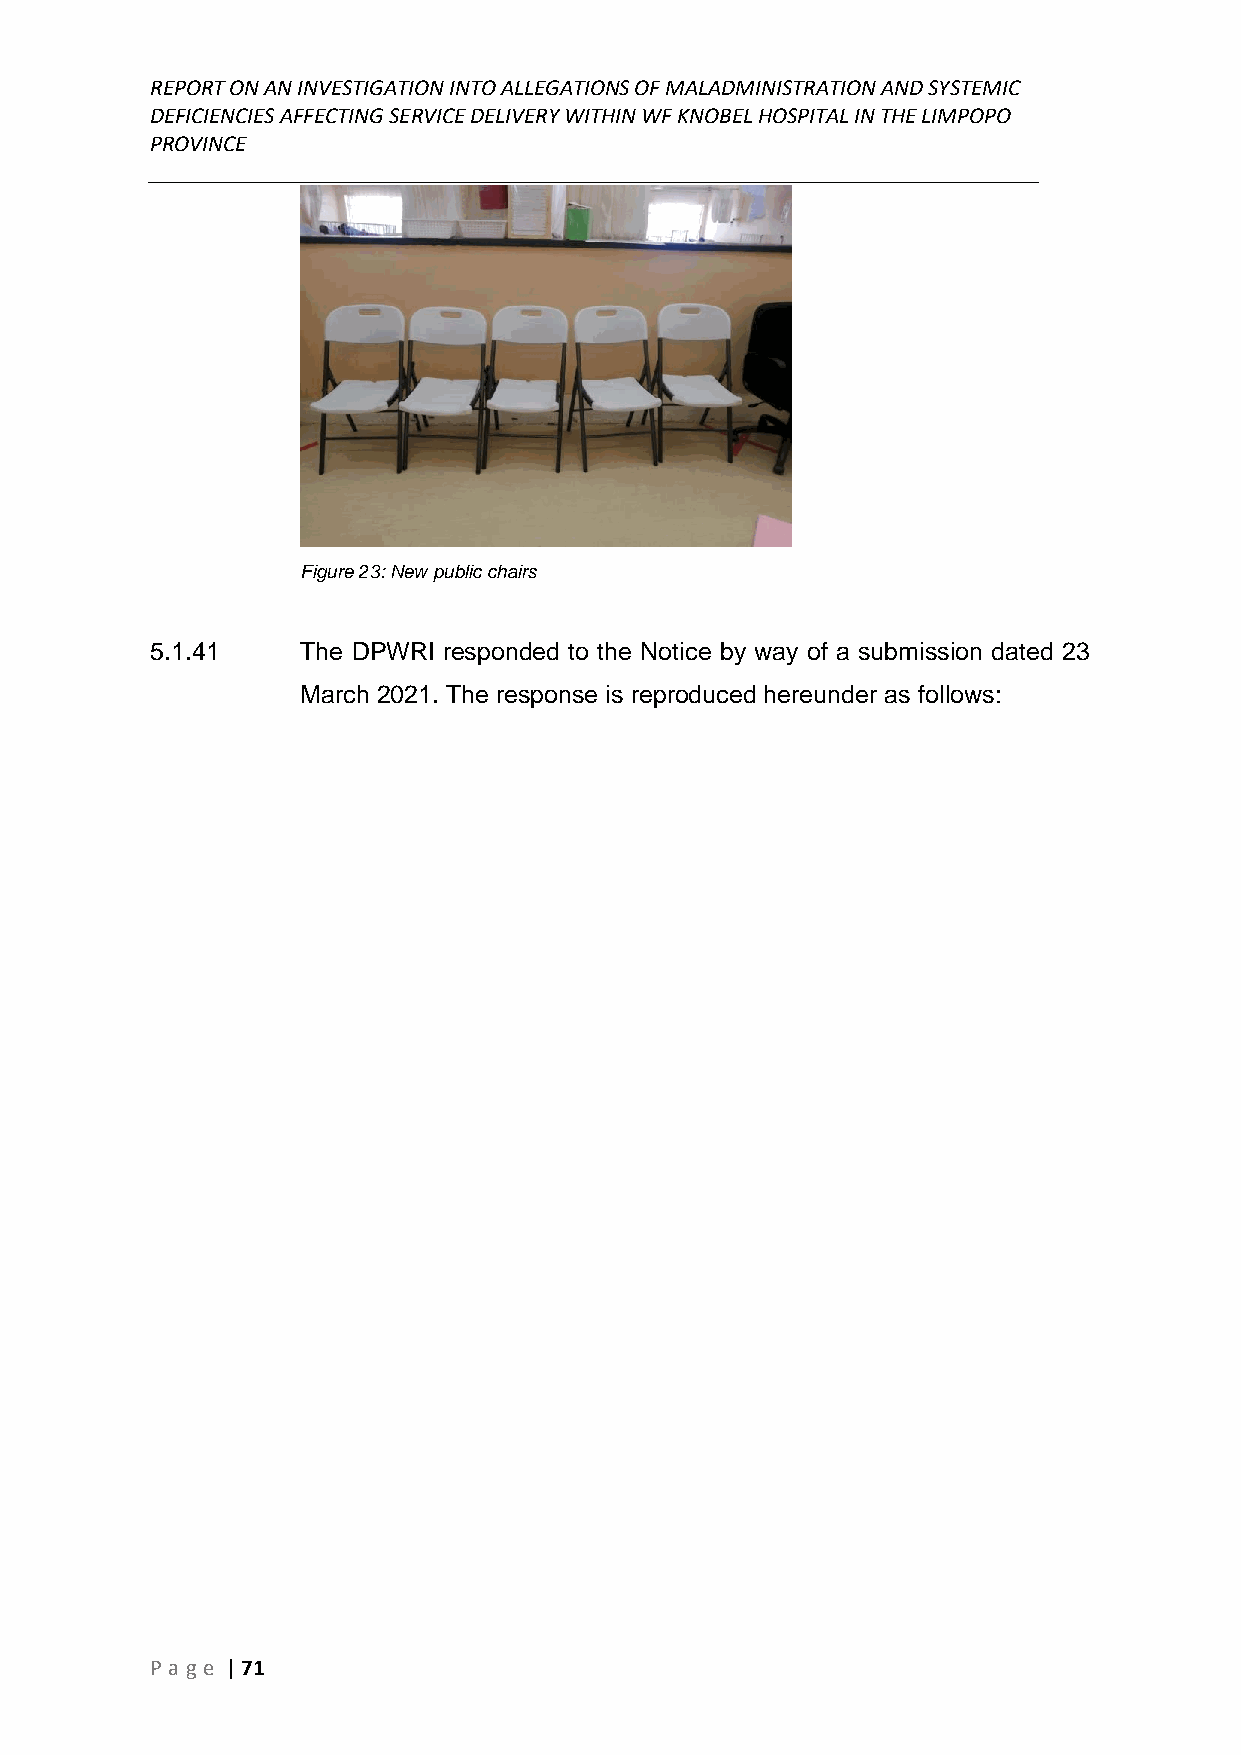
REPORT ON AN INVESTIGATION INTO ALLEGATIONS OF MALADMINISTRATION AND SYSTEMIC
 DEFICIENCIES AFFECTING SERVICE DELIVERY WITHIN WF KNOBEL HOSPITAL IN THE LIMPOPO
 PROVINCE
 ______________________________________________________________________________
 Figure 23: New public chairs
 5.1.41    The DPWRI responded to the Notice by way of a submission dated 23
 March 2021. The response is reproduced hereunder as follows:
 P age | 71